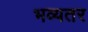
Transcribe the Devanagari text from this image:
भव्यतर